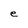
Character: e